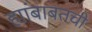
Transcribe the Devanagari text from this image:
ह्यांबाबतची